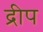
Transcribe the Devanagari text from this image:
द्रीप